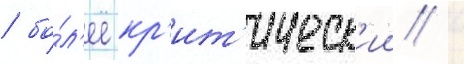
/ бо́л'ее кр'ит'ическ'ии /